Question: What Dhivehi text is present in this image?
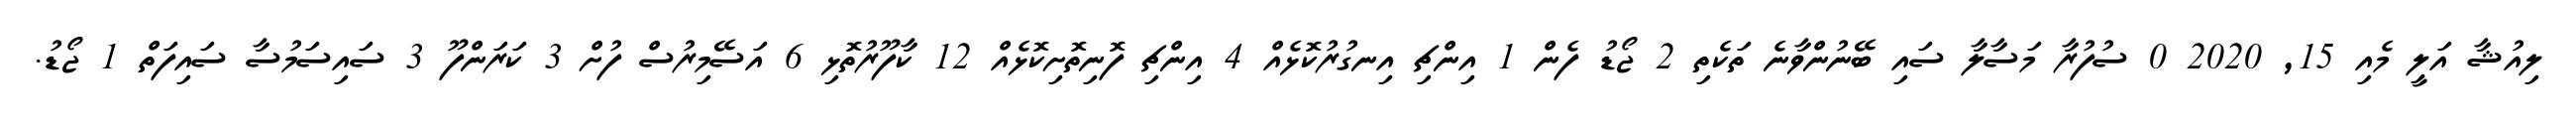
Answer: ލިއުޝާ އަލީ މެއި 15, 2020 0 ސުފުރާ މަސާލާ ސައި ބޭނުންވާނެ ތަކެތި 2 ޖޯޑު ފެން 1 އިންޗި އިނގުރުކޮޅެއް 4 އިންޗި ފޮނިތޮށިކޮޅެއް 12 ކާފޫރުތޮޅި 6 އަސޭމިރުސް ފުށް 3 ކަރަންފޫ 3 ސައިސަމުސާ ސައިފަތް 1 ޖޯޑު.